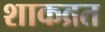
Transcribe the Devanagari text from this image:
शाकव्रत